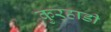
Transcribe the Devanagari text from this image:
कुर्‍हाडी